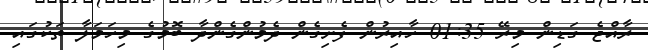
ރާއްޖެ ގަޑިން މިރޭ 01:35 ހާއިރުން ފެށިގެން ދެމުންގެންދާ ބޮމުގެ މިހަމަލާ ތަކުގައި